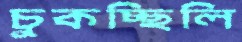
চুকচ্ছিলি